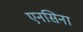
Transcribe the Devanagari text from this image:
एनसिना